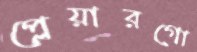
প্লেয়ারগো